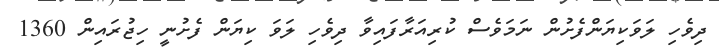
ދިވެހި ލަވަކިޔަންފެށުން ނަމަވެސް ކުރިއަރާފައިވާ ދިވެހި ލަވަ ކިޔަން ފެށުނީ ހިޖުރައިން 1360